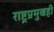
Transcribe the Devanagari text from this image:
राष्ट्रप्रमुखही